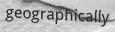
geographically